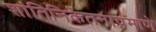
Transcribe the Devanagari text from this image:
शांतिनिकेतनाप्रमाणे